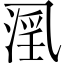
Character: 𱎍